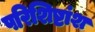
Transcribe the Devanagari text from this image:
परिशिष्टांश